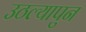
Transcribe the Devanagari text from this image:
उठल्यापुन